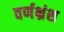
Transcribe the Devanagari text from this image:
वर्णभ्रंश